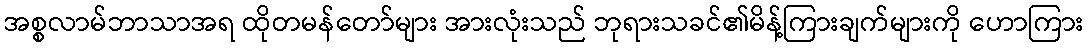
အစ္စလာမ်ဘာသာအရ ထိုတမန်တော်များ အားလုံးသည် ဘုရားသခင်၏မိန့်ကြားချက်များကို ဟောကြား